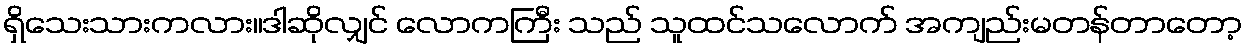
ရှိသေးသားကလား။ဒါဆိုလျှင် လောကကြီး သည် သူထင်သလောက် အကျည်းမတန်တာတော့